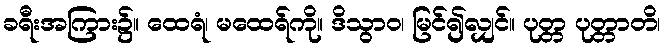
ခရီးအကြား၌။ ထေရံ၊ မထေရ်ကို။ ဒိသွာဝ၊ မြင်၍လျှင်။ ပုတ္တ ပုတ္တာတိ၊